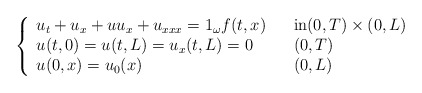
\begin{align*}\left\{\begin{array}[c]{lll}u_{t}+u_{x}+uu_{x}+u_{xxx}=1_{\omega}f( t,x) & & \text{in}( 0,T) \times( 0,L) \\u( t,0) =u( t,L) =u_{x}( t,L) =0 & &( 0,T) \\u( 0,x) =u_{0}( x) & & (0,L) \end{array}\right. \end{align*}